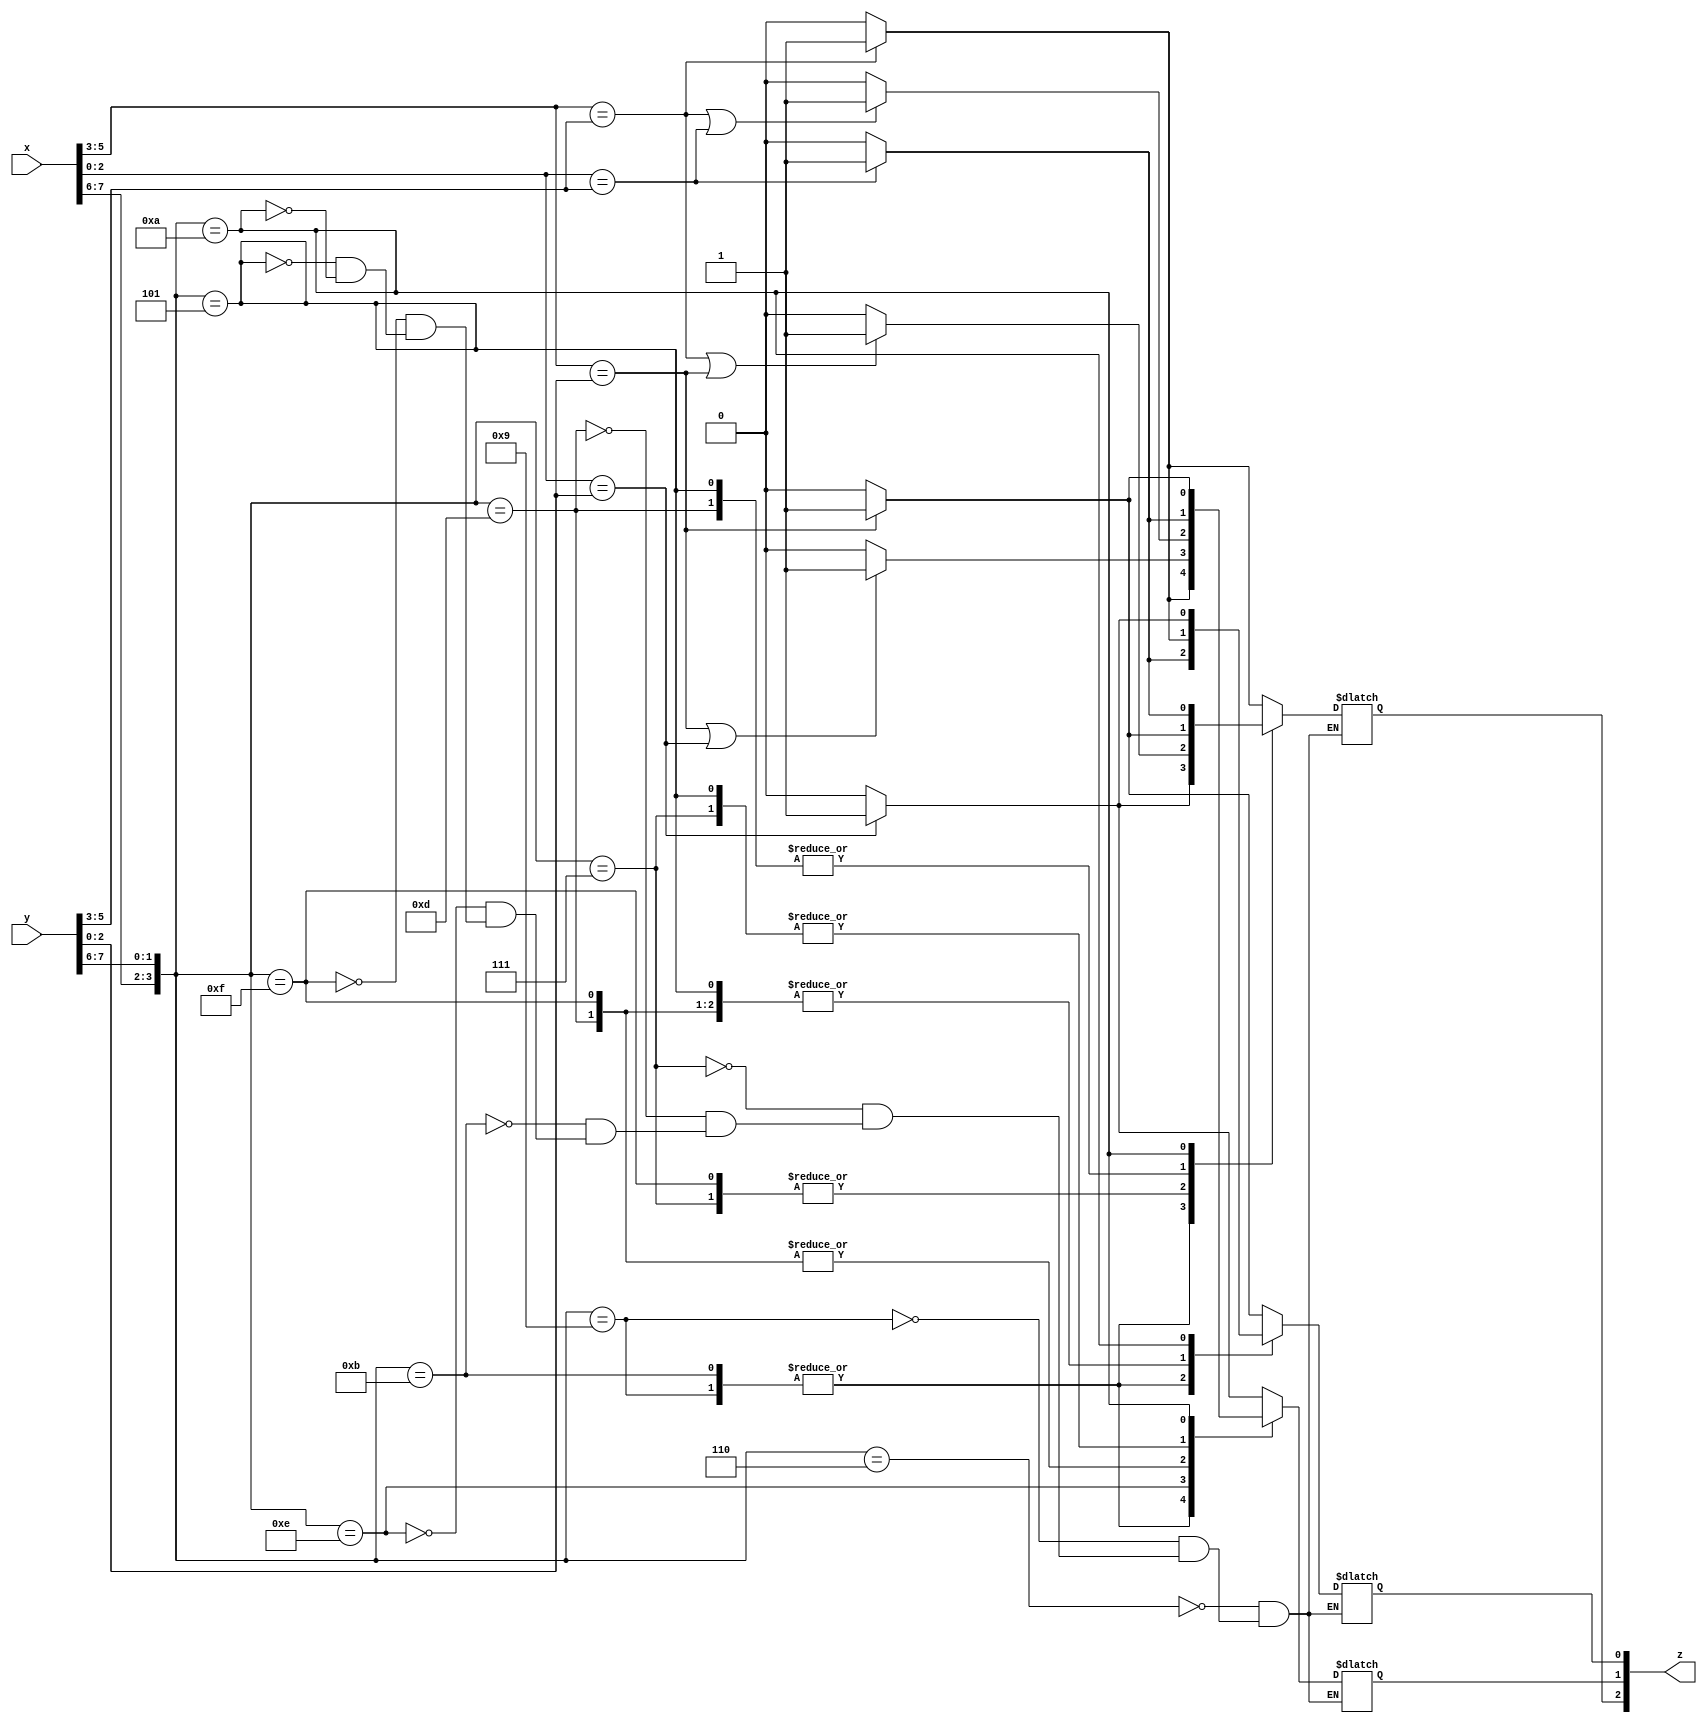
`timescale 1ns / 1ps
//////////////////////////////////////////////////////////////////////////////////
// Company: 
// Engineer: 
// 
// Design Name: 
// Module Name: check
// Project Name: 
// Target Devices: 
// Tool Versions: 
// Description: 
// 
// Dependencies: 
// 
// Revision:
// Revision 0.01 - File Created
// Additional Comments:
// 
//////////////////////////////////////////////////////////////////////////////////


module check(
    input   [7:0] x,
    input  [7:0] y,
    output reg [2:0] z
    );
    //clk required??
    //input clk;
    
    
    //splitting 8 bit input
    //reg [2:0] z=3'b000;
    wire [1:0] op1=x[7:6];  //opcode of first instruction
    wire [2:0] r1=x[5:3];   //first register of first instruction
    wire [2:0] r2=x[2:0];   //second register of first instruction
    
    wire [1:0] op2=y[7:6]; //opcode of second instruction
    wire [2:0] r3=y[5:3];   //first register of second instruction
    wire [2:0] r4=y[2:0];   //second register of second instruction
    
    //comparing registers
    //input encoding--> load=01 store=10 add=11
    //out encoding
    //raw -->z[2]=1;
    //war -->z[1]=1;
    //waw -->z[0]=1;
    
    always @ (*)
    begin
    //raw hazard detection
    case({op1,op2})
    
    /*1.load 2.store*/    4'b0110:   z[2]=(r1 == r3)?  1:0;
    /*1.store 2.load */   4'b1001:   z[2]=(r2 == r4)?  1:0;
    /*1.load 2.add */     4'b0111:   z[2]=((r1 == r3)||(r1==r4))?  1:0;
    /*1.add 2.load */     4'b1101:   z[2]=(r1==r4)?  1:0;
    /*1.store 2.add */   4'b1011:   z[2]=(r2==r4)?  1:0;
    /*1.add 2.store */   4'b1110:   z[2]=(r1==r3)?  1:0;
    /*1.add 2.add */   4'b1111:   z[2]=((r1 == r3)||(r1==r4))?  1:0;
    /*1.load 2.load */   4'b0101:   z[2]=(r1==r4)?  1:0;
    /*1.store 2.store */   4'b1010:   z[2]=(r2 == r3)?  1:0;
    endcase
    //war hazard detection
    case({op1,op2})
    
     /*1.load 2.store*/   4'b0110:   z[1]=(r2 == r4)?  1:0;
     /*1.store 2.load */   4'b1001:   z[1]=(r1 == r3)?  1:0;
     /*1.load 2.add */   4'b0111:   z[1]=(r2 == r3)?  1:0;
     /*1.add 2.load */   4'b1101:   z[1]=((r1==r3)||(r2 == r3))?  1:0;
     /*1.store 2.add */   4'b1011:   z[1]=(r1==r3)?  1:0;
     /*1.add 2.store */   4'b1110:   z[1]=((r1 == r4)||(r2==r4))?  1:0;
     /*1.add 2.add */   4'b1111:   z[1]=((r1 == r3)||(r2==r3))?  1:0;
     /*1.load 2.load */    4'b0101:   z[1]=(r2 == r3)?  1:0;
     /*1.store 2.store */  4'b1010:   z[1]=(r1==r4)?  1:0;
    endcase
    //waw hazard detection
    case({op1,op2})
    
      /*1.load 2.store*/ 4'b0110:   z[0]=(r1 == r4)?  1:0;
      /*1.store 2.load */ 4'b1001:   z[0]=(r2 == r3)?  1:0;
      /*1.load 2.add */4'b0111:   z[0]=(r1 == r3)?  1:0;
      /*1.add 2.load */ 4'b1101:   z[0]=(r1==r3)?  1:0;
      /*1.store 2.add */ 4'b1011:   z[0]=(r2==r3)?  1:0;
      /*1.add 2.store */  4'b1110:   z[0]=(r1 == r4)?  1:0;
      /*1.add 2.add */  4'b1111:   z[0]=(r1 == r3)?  1:0;
      /*1.load 2.load */ 4'b0101:   z[0]=(r1 == r3)?  1:0;
      /*1.store 2.store */  4'b1010:   z[0]=(r2==r4)?  1:0;
    endcase
    end
    
    
endmodule